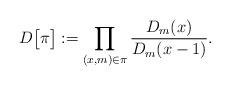
LaTeX: \begin{align*}D\big[\pi\big] := \prod_{(x,m)\in \pi} \frac{D_{m}(x)}{D_{m}(x-1)}.\end{align*}